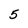
Character: 5